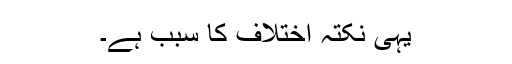
یہی نکتہ اختلاف کا سبب ہے۔